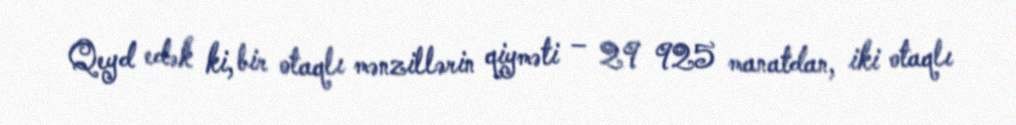
Qeyd edək ki, bir otaqlı mənzillərin qiyməti – 29 925 manatdan, iki otaqlı